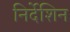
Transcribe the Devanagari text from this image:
निर्देशिन